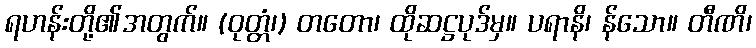
ရဟန်းတို့၏အတွက်။ (ဝုတ္တံ၊) တတော၊ ထိုဆဋ္ဌပုဒ်မှ။ ပရာနိ၊ န်သော။ တီဏိ၊